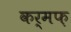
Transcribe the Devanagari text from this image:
कर्मफ़